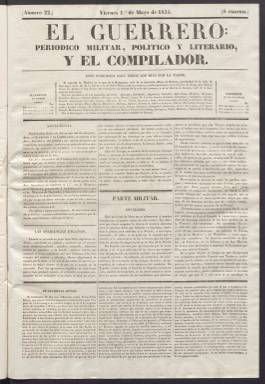
Título: El Guerrero y el compilador
Colección: Periódicos anteriores a 1850
Ámbito geográfico: Madrid
Lugar de publicación: Madrid
Fechas: 01/05/1835-21/06/1835